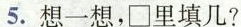
5.想一想，□里填几?